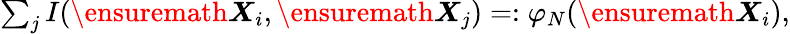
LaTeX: \begin{array}{r}{\sum_{j}I(\ensuremath{\boldsymbol{X}}_{i},\ensuremath{\boldsymbol{X}}_{j})=:\varphi_{N}(\ensuremath{\boldsymbol{X}}_{i}),}\end{array}